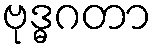
ဗုဒ္ဓဂတာ